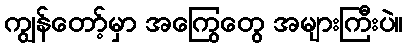
ကျွန်တော့်မှာ အကြွေတွေ အများကြီးပဲ။